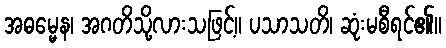
အဓမ္မေန၊ အဂတိသို့လားသဖြင့်။ ပသာသတိ၊ ဆုံးမစီရင်၏။